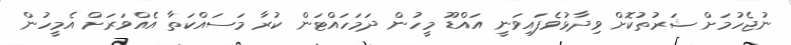
ނުޖެހުމަށް ޝަރުތުކޮށް ވިދާޅުވެފައިވަނީ އައްޑޫ މީހުން ދަމަހައްޓަން ކުރާ މަސައްކަތާ އެއްވަރަށް އެމީހުން